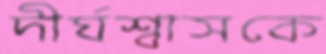
দীর্ঘশ্বাসকে